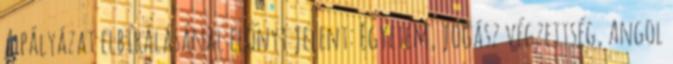
A pályázat elbírálásánál előnyt jelent: Egyetem, jogász végzettség, Angol